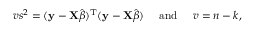
v s ^ { 2 } = ( \mathbf { y } - \mathbf { X } { \hat { \boldsymbol { \beta } } } ) ^ { \mathrm { { T } } } ( \mathbf { y } - \mathbf { X } { \hat { \boldsymbol { \beta } } } ) \quad { \mathrm { ~ a n d ~ } } \quad v = n - k ,